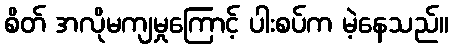
စိတ် အလိုမကျမှုကြောင့် ပါးစပ်က မဲ့နေသည်။